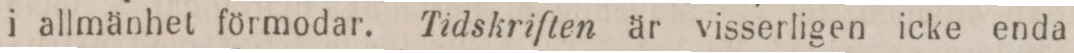
i allmänhet förmodar. Tidskriften är visserligen icke enda